Inquiry into the circumstances attending an outbreak of cholera in H. M.'s 18th Hussars at Secunderabad in the month of May
Year: 1871
Disease focus: Cholera
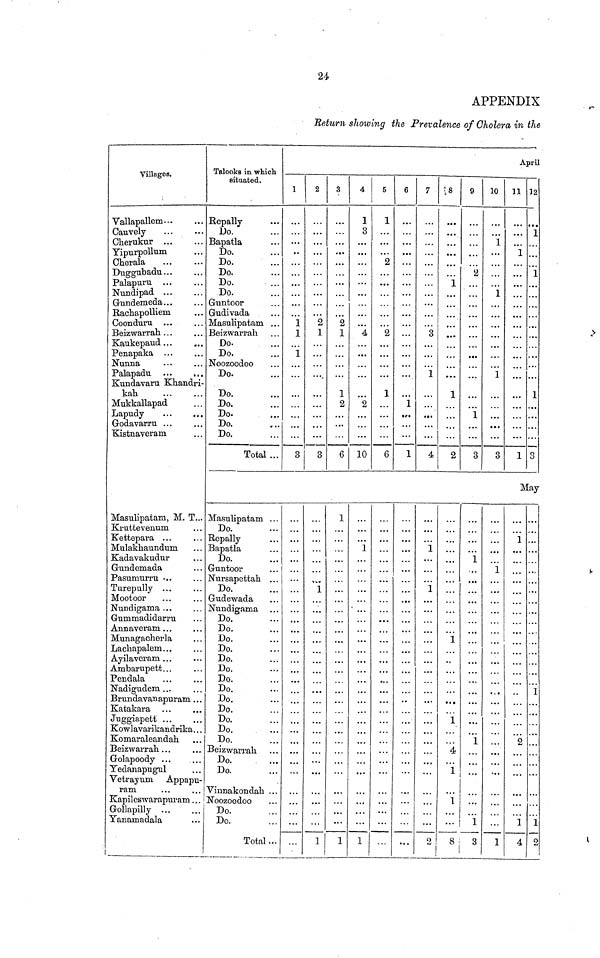
24
APPENDIX
Return showing the Prevalence of Cholera in the
Villages.
Vallapallem
Cauvely
Cheruknr
Yipurpollum
Cherala
Duggubadu
Palapuru
Nundipad
Gundemeda
Raehapolliem
Coonduru
Beizwarrah
Kaukepaud
Penapaka
Nunna
Palapadu
Kundavaru Khandri-
kah.
Mukkallapad
Lapudy
Godavarru
Kistnaveram
Masulipatam, M. T.
Kruttevenum
Kettepara
Mulakhaundum
Kadavakudur
Gundcmada
Pasumurru
Turepully
Mootoor
Nundigama
Gummadidarru
Annaveram
Munagacherla
Lachapalem
Ayilaveram
Ambampett
Pendala
Nadigudem
Brundavanapurarm
Katakara
Jnggiapett
Kowlavarikandrika
Komaraleandah
Beizwarrah
Golapoody
Yedanapugul
Vetrayum Appapu-
ram
Kapileswarapuram
Gollapilly
Yanamadala
Talooks in which
situated.
Do.
Do.
Do.
Do.
Do.
Do.
Masulipatam
Beizwarrah
Do.
Do.
Do.
Do
Do.
Do.
Do.
Do.
Total
Masulipatam
Do.
Nursapettah
Do.
Do.
Do.
Do.
Do.
Do.
Do.
Do.
Do
Do.
Do.
Beizwarrah
Do.
Do.
Total
April
1
1
1
1
3
2
2
1
3
1
1
3
2
1
1
2
6
1
1
4
1
3
4
2
10
1
1
5
1
2
2
1
6
6
1
1
7
3
1
4
1
1
2
8
1
2
1
1
4
1
1
8
9
2
1
1
3
1
1
1
3
10
1
1
1
3
1
1
11
1
1
32
1
1
1
3
May
1
2
1
4
1
1
2